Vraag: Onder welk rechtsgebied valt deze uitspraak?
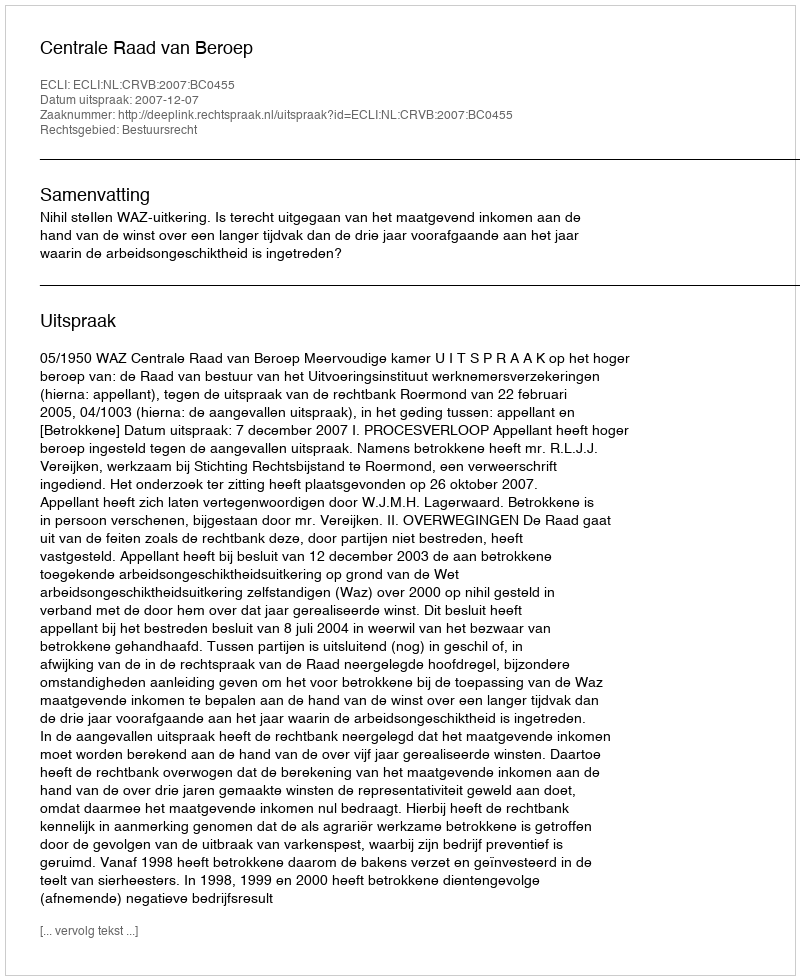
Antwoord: Bestuursrecht